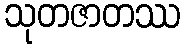
သုတဇာတဿ